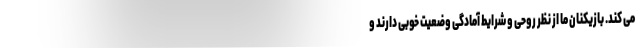
می کند. بازیکنان ما از نظر روحی و شرایط آمادگی وضعیت خوبی دارند و